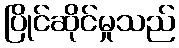
ပြိုင်ဆိုင်မှုသည်